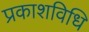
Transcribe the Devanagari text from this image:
प्रकाशविधि